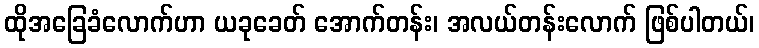
ထိုအခြေခံလောက်ဟာ ယခုခေတ် အောက်တန်း၊ အလယ်တန်းလောက် ဖြစ်ပါတယ်၊